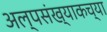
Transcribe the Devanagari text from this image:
अल्पसंख्याकच्या